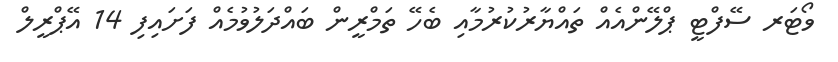
ވޯޓަރ ސޭފްޓީ ޕްލޭންއެއް ތައްޔާރުކުރުމާއި ބެހޭ ތަމްރީން ބައްދަލުވުމެއް ފަށައިފި 14 އޭޕްރީލް